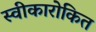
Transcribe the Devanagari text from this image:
स्वीकारोकित